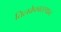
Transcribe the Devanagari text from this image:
तिलकेश्वरस्थान